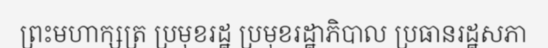
ព្រះមហាក្សត្រ ប្រមុខរដ្ឋ ប្រមុខរដ្ឋាភិបាល ប្រធានរដ្ឋសភា